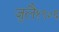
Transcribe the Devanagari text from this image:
जुलै१९०६